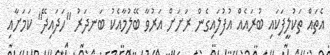
އެތައް ތަކުލީފަކައި ބުރައެއް އުފުލައިގެން ރަށަށް އަރުވާ ބޭލުމާއެކު ބަނދަރު "ހަދައިދޭ" ކަމަށާއި